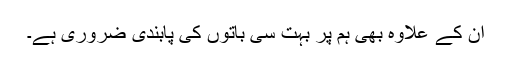
ان کے علاوہ بھی ہم پر بہت سی باتوں کی پابندی ضروری ہے۔